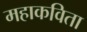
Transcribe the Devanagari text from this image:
महाकविता